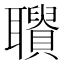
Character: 𦘋